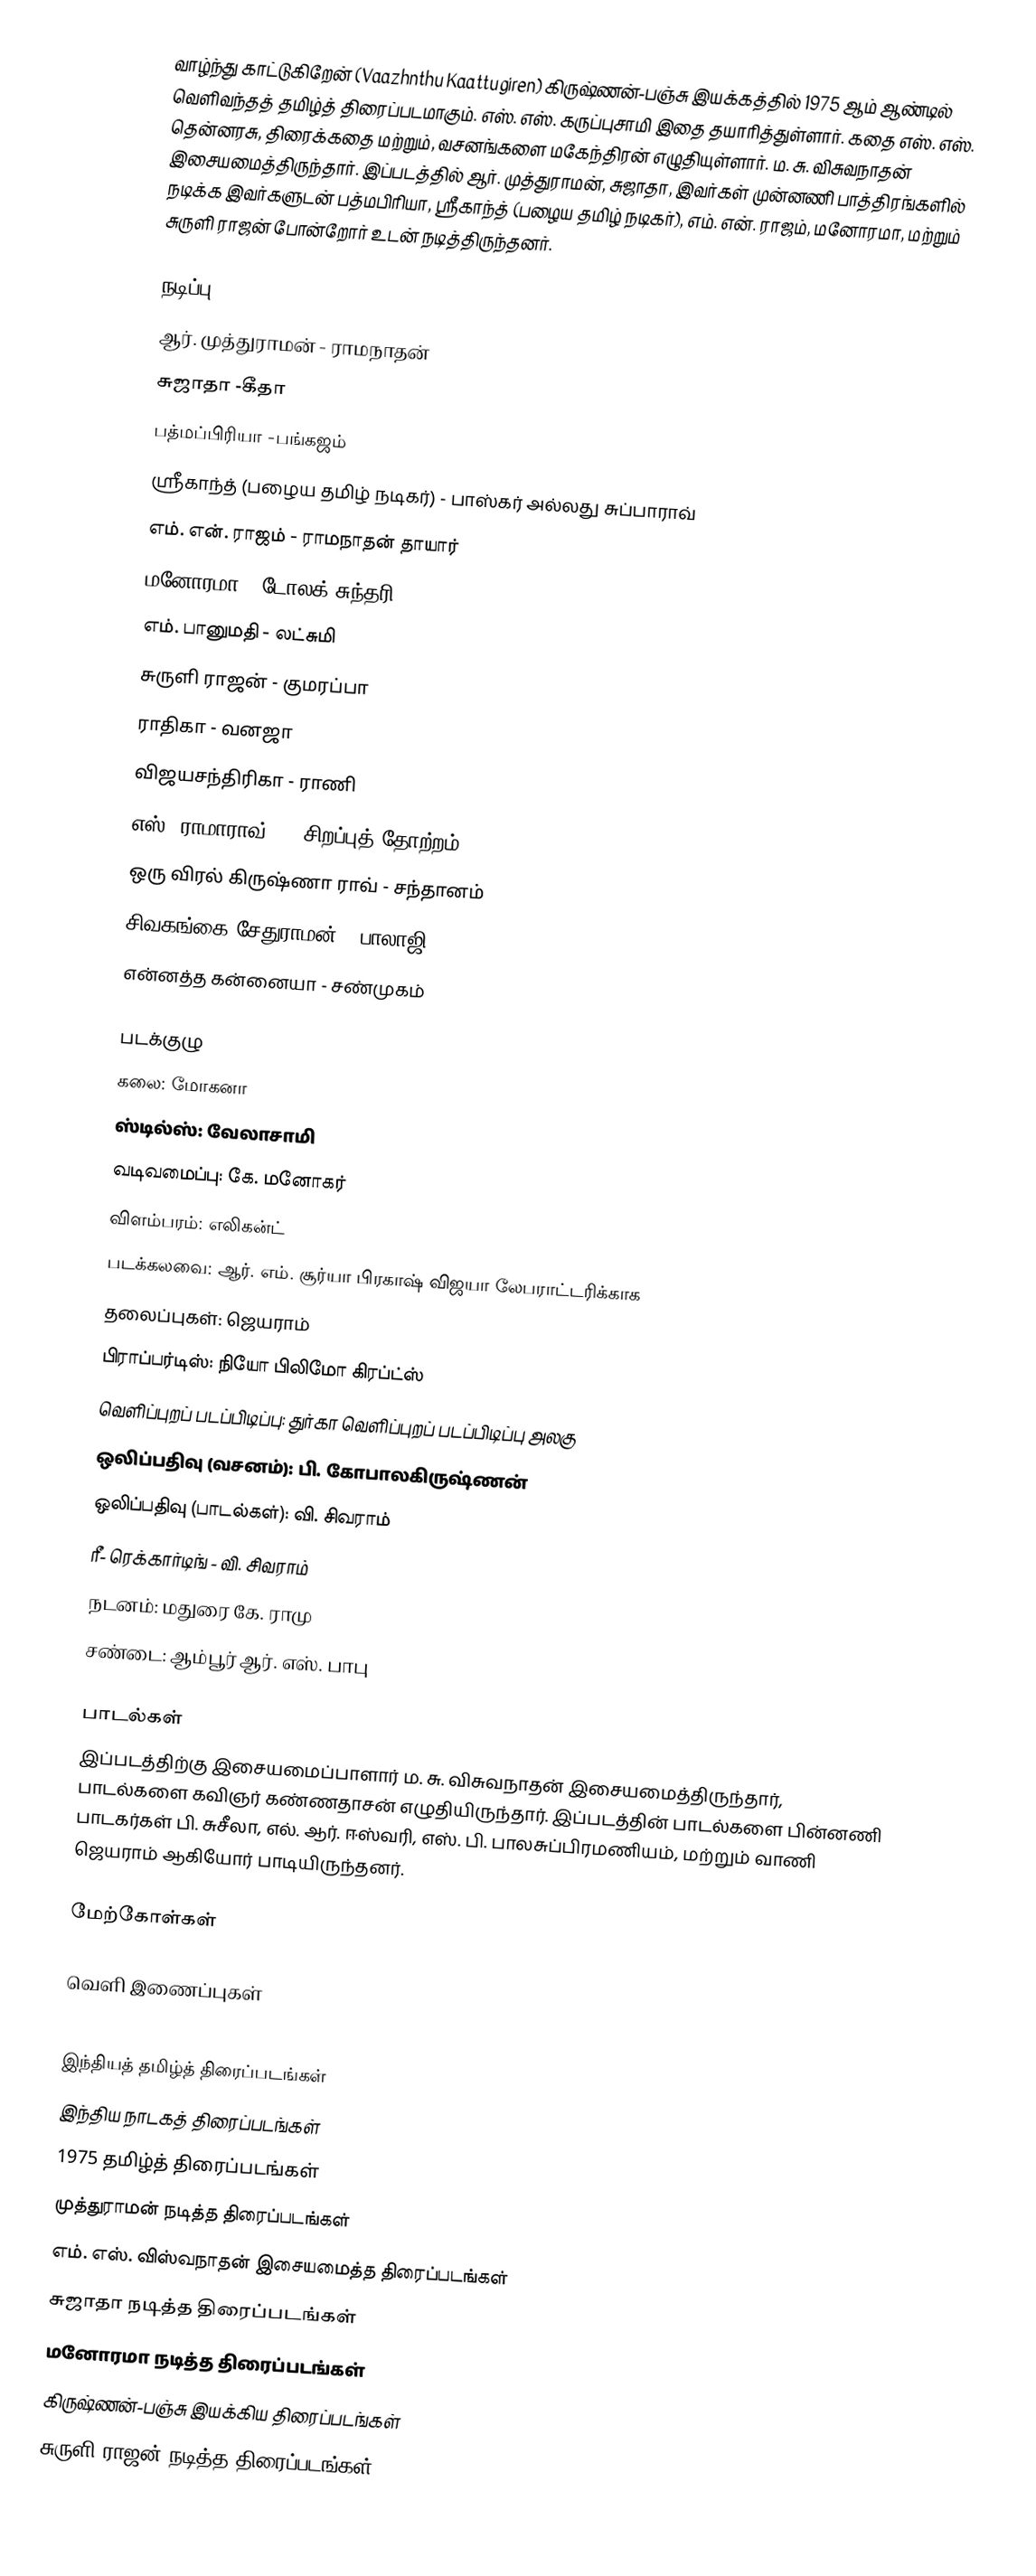
வாழ்ந்து காட்டுகிறேன் (Vaazhnthu Kaattugiren) கிருஷ்ணன்-பஞ்சு இயக்கத்தில் 1975 ஆம் ஆண்டில் வெளிவந்தத் தமிழ்த் திரைப்படமாகும். எஸ். எஸ். கருப்புசாமி இதை தயாரித்துள்ளார்.  கதை எஸ். எஸ். தென்னரசு, திரைக்கதை மற்றும், வசனங்களை  மகேந்திரன் எழுதியுள்ளார். ம. சு. விசுவநாதன் இசையமைத்திருந்தார். இப்படத்தில் ஆர். முத்துராமன், சுஜாதா, இவர்கள் முன்னணி பாத்திரங்களில் நடிக்க இவர்களுடன் பத்மபிரியா, ஸ்ரீகாந்த் (பழைய தமிழ் நடிகர்), எம். என். ராஜம், மனோரமா, மற்றும் சுருளி ராஜன் போன்றோர் உடன் நடித்திருந்தனர்.

நடிப்பு
ஆர். முத்துராமன் - ராமநாதன்
சுஜாதா  -கீதா
பத்மப்பிரியா -பங்கஜம்
ஸ்ரீகாந்த் (பழைய தமிழ் நடிகர்) - பாஸ்கர் அல்லது சுப்பாராவ்
எம். என். ராஜம்  - ராமநாதன் தாயார்
மனோரமா - டோலக் சுந்தரி
எம். பானுமதி - லட்சுமி
சுருளி ராஜன் - குமரப்பா
ராதிகா - வனஜா
விஜயசந்திரிகா - ராணி
எஸ். ராமாராவ் - ( சிறப்புத் தோற்றம்)
ஒரு விரல் கிருஷ்ணா ராவ் - சந்தானம்
சிவகங்கை சேதுராமன் - பாலாஜி
என்னத்த கன்னையா - சண்முகம்

படக்குழு
கலை: மோகனா
ஸ்டில்ஸ்: வேலாசாமி
வடிவமைப்பு: கே. மனோகர்
விளம்பரம்: எலிகன்ட்
படக்கலவை: ஆர். எம். சூர்யா பிரகாஷ் விஜயா லேபராட்டரிக்காக
தலைப்புகள்: ஜெயராம்
பிராப்பர்டிஸ்: நியோ பிலிமோ கிரப்ட்ஸ்
வெளிப்புறப் படப்பிடிப்பு: துர்கா வெளிப்புறப் படப்பிடிப்பு அலகு
ஒலிப்பதிவு (வசனம்): பி. கோபாலகிருஷ்ணன்
ஒலிப்பதிவு (பாடல்கள்): வி. சிவராம்
ரீ- ரெக்கார்டிங் - வி. சிவராம்
நடனம்: மதுரை கே. ராமு
சண்டை: ஆம்பூர் ஆர். எஸ். பாபு

பாடல்கள்
இப்படத்திற்கு இசையமைப்பாளார் ம. சு. விசுவநாதன் இசையமைத்திருந்தார், பாடல்களை கவிஞர் கண்ணதாசன் எழுதியிருந்தார். இப்படத்தின் பாடல்களை பின்னணி பாடகர்கள் பி. சுசீலா, எல். ஆர். ஈஸ்வரி, எஸ். பி. பாலசுப்பிரமணியம், மற்றும் வாணி ஜெயராம் ஆகியோர் பாடியிருந்தனர்.

மேற்கோள்கள்

வெளி இணைப்புகள்

இந்தியத் தமிழ்த் திரைப்படங்கள்
இந்திய நாடகத் திரைப்படங்கள்
1975 தமிழ்த் திரைப்படங்கள்
முத்துராமன் நடித்த திரைப்படங்கள்
எம். எஸ். விஸ்வநாதன் இசையமைத்த திரைப்படங்கள்
சுஜாதா நடித்த திரைப்படங்கள்
மனோரமா நடித்த திரைப்படங்கள்
கிருஷ்ணன்-பஞ்சு இயக்கிய திரைப்படங்கள்
சுருளி ராஜன் நடித்த திரைப்படங்கள்